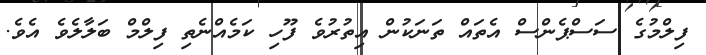
ފިލްމުގެ ސަސްޕެންސް އެތައް ތަނަކުން އިތުރުވެ ފޫހި ކަމެއްނެތި ފިލްމް ބަލާލެވެ އެވެ.